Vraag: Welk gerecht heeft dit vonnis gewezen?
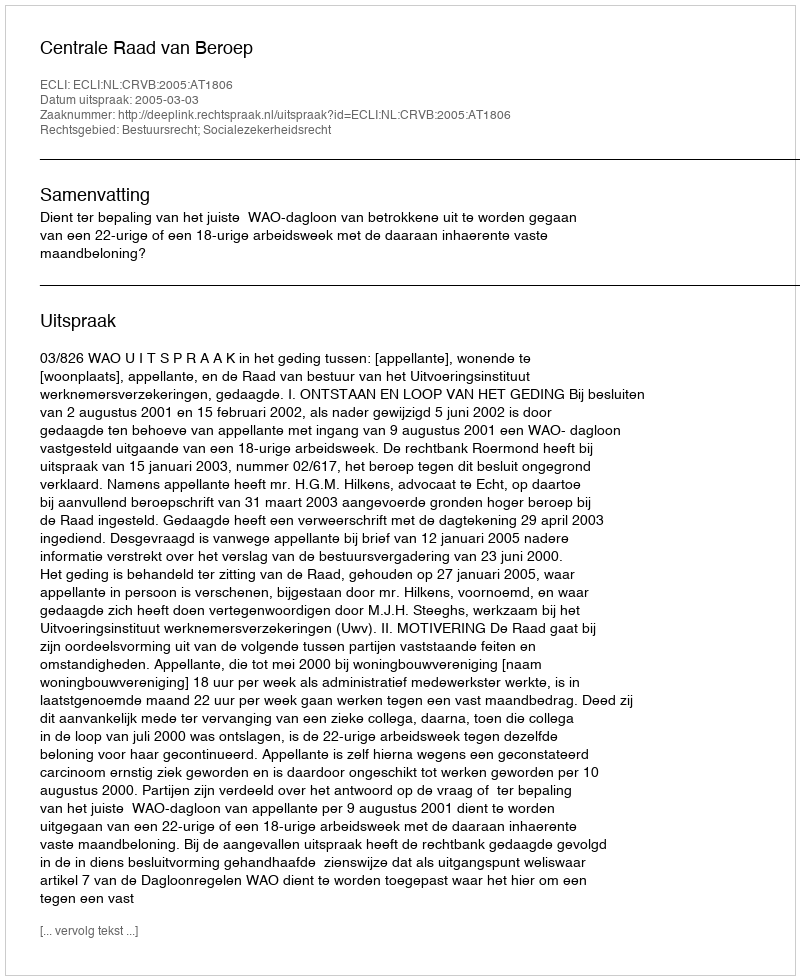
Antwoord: Centrale Raad van Beroep